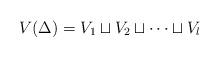
LaTeX: \begin{align*} V(\Delta) = V_1 \sqcup V_2 \sqcup \dots \sqcup V_l \end{align*}